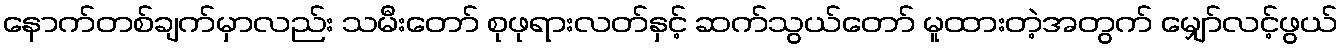
နောက်တစ်ချက်မှာလည်း သမီးတော် စုဖုရားလတ်နှင့် ဆက်သွယ်တော် မူထားတဲ့အတွက် မျှော်လင့်ဖွယ်